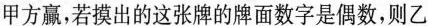
甲方赢，若摸出的这张牌的牌面数字是偶数，则乙